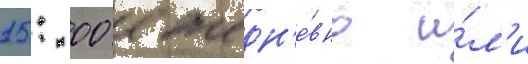
15: 00 ежедн'е́вно и́л'и